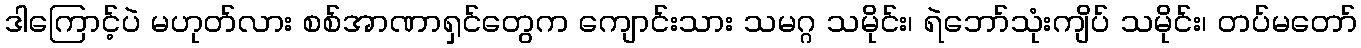
ဒါကြောင့်ပဲ မဟုတ်လား စစ်အာဏာရှင်တွေက ကျောင်းသား သမဂ္ဂ သမိုင်း၊ ရဲဘော်သုံးကျိပ် သမိုင်း၊ တပ်မတော်